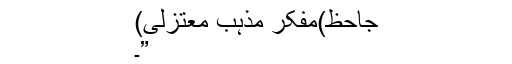
جاحظ)مفکر مذہب ِمعتزلی)
”۔